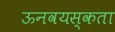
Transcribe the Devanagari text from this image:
ऊनवयस्कता